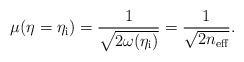
LaTeX: \begin{align*}\mu (\eta =\eta _{\rm i})=\frac{1}{\sqrt{2\omega (\eta _{\rm i})}}=\frac{1}{\sqrt{2n_{\rm eff}}}.\end{align*}